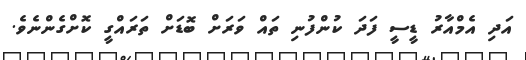
އަދި އެމްއާރު ޑީސީ ފަދަ ކުންފުނި ތައް ވަރަށް ބޮޑަށް ތަރައްގީ ކޮށްގެންނެވެ.